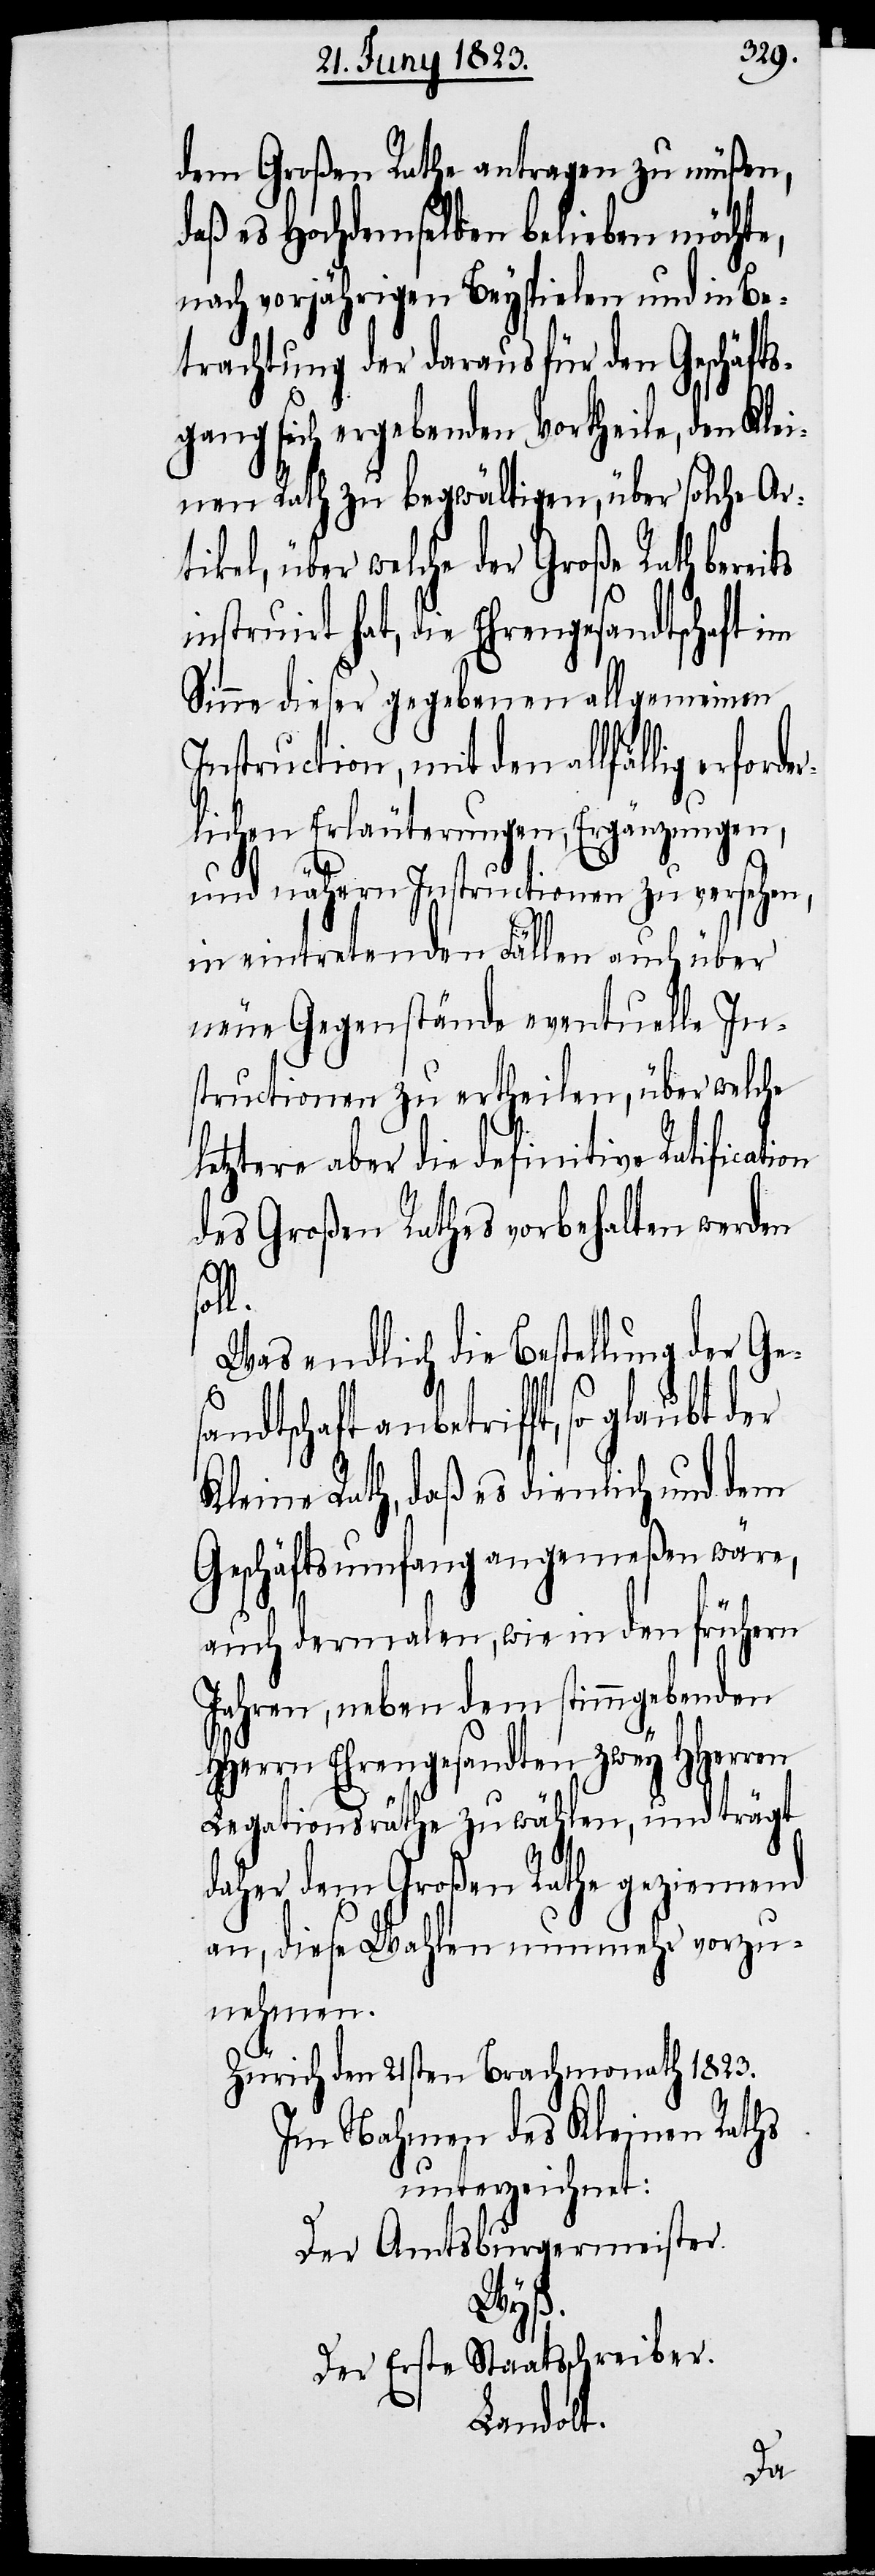
dem Großen Rathe antragen zu müßen,
daß es Hochdemselben belieben möchte,
nach vorjährigen Beyspielen und in Be¬
trachtung der daraus für den Geschäfts¬
gang sich ergebenden Vortheile, den Klei¬
nen Rath zu begwältigen, über solche Ar¬
tikel, über welche der Große Rath bereits
instruirt hat, die Ehrengesandtschaft im
Sinne dieser gegebenen allgemeinen
Instruction, mit den allfällig erfo¬
ichen Erläuterungen, Ergänzungen,
und nähern Instructionen zu versehen,
in eintretenden Fällen auch über
neue Gegenstände eventuelle In¬
structionen zu ertheilen, über welche
letztere aber die definitive Ratificati¬
des Großen Rathes vorbehalten werden
l.
Was endlich die Bestellung der Ges¬
andtschaft anbetrifft, so glaubt
Kleine Rath, daß es dienlich und dem
Geschäftsumfang angemeßen wäre,
on
auch dermalen, wie in den frühern
Jahren, neben dem stimmgebenden
HHerrn Ehrengesandten zwey HHerren
Legationsräthe zu wählen, und trägt
daher dem Großen Rathe geziemend
an, diese Wahlen nunmehr vorzu¬
nehmen.
Zürich den 21sten Brachmonath 1823.
Im Nahmen des Kleinen Raths
unterzeichnet:
Der Amtsburgermeister
Wyß.
Der Erste Staatsschreiber
Landolt.